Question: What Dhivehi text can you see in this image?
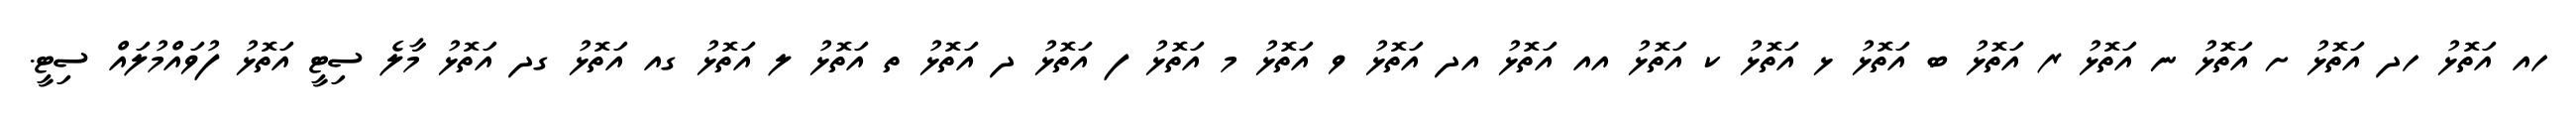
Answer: ހއ އަތޮޅު ހދ އަތޮޅު ށ އަތޮޅު ނ އަތޮޅު ރ އަތޮޅު ބ އަތޮޅު ޅ އަތޮޅު ކ އަތޮޅު އއ އަތޮޅު އދ އަތޮޅު ވ އަތޮޅު މ އަތޮޅު ފ އަތޮޅު ދ އަތޮޅު ތ އަތޮޅު ލ އަތޮޅު ގއ އަތޮޅު ގދ އަތޮޅު މާލެ ސިޓީ އަތޮޅު ފުވައްމުލައް ސިޓީ.